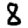
Digit: 8